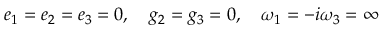
e _ { 1 } = e _ { 2 } = e _ { 3 } = 0 , \quad g _ { 2 } = g _ { 3 } = 0 , \quad \omega _ { 1 } = - i \omega _ { 3 } = \infty